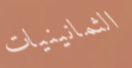
الثمانينيات